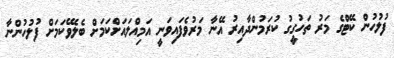
ފުލުހުން ކޭޓްގެ މަރު ތަހުގީގު ކުރަމުންދާއިރު އޭނާ މަރުވެފައިވަނީ އަމިއްލައަށްކަމަށް ބެލެވޭކަމަށް ފުލުހުންނާ